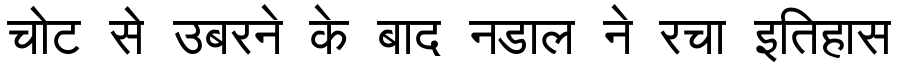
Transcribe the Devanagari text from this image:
चोट से उबरने के बाद नडाल ने रचा इतिहास